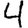
Digit: 4